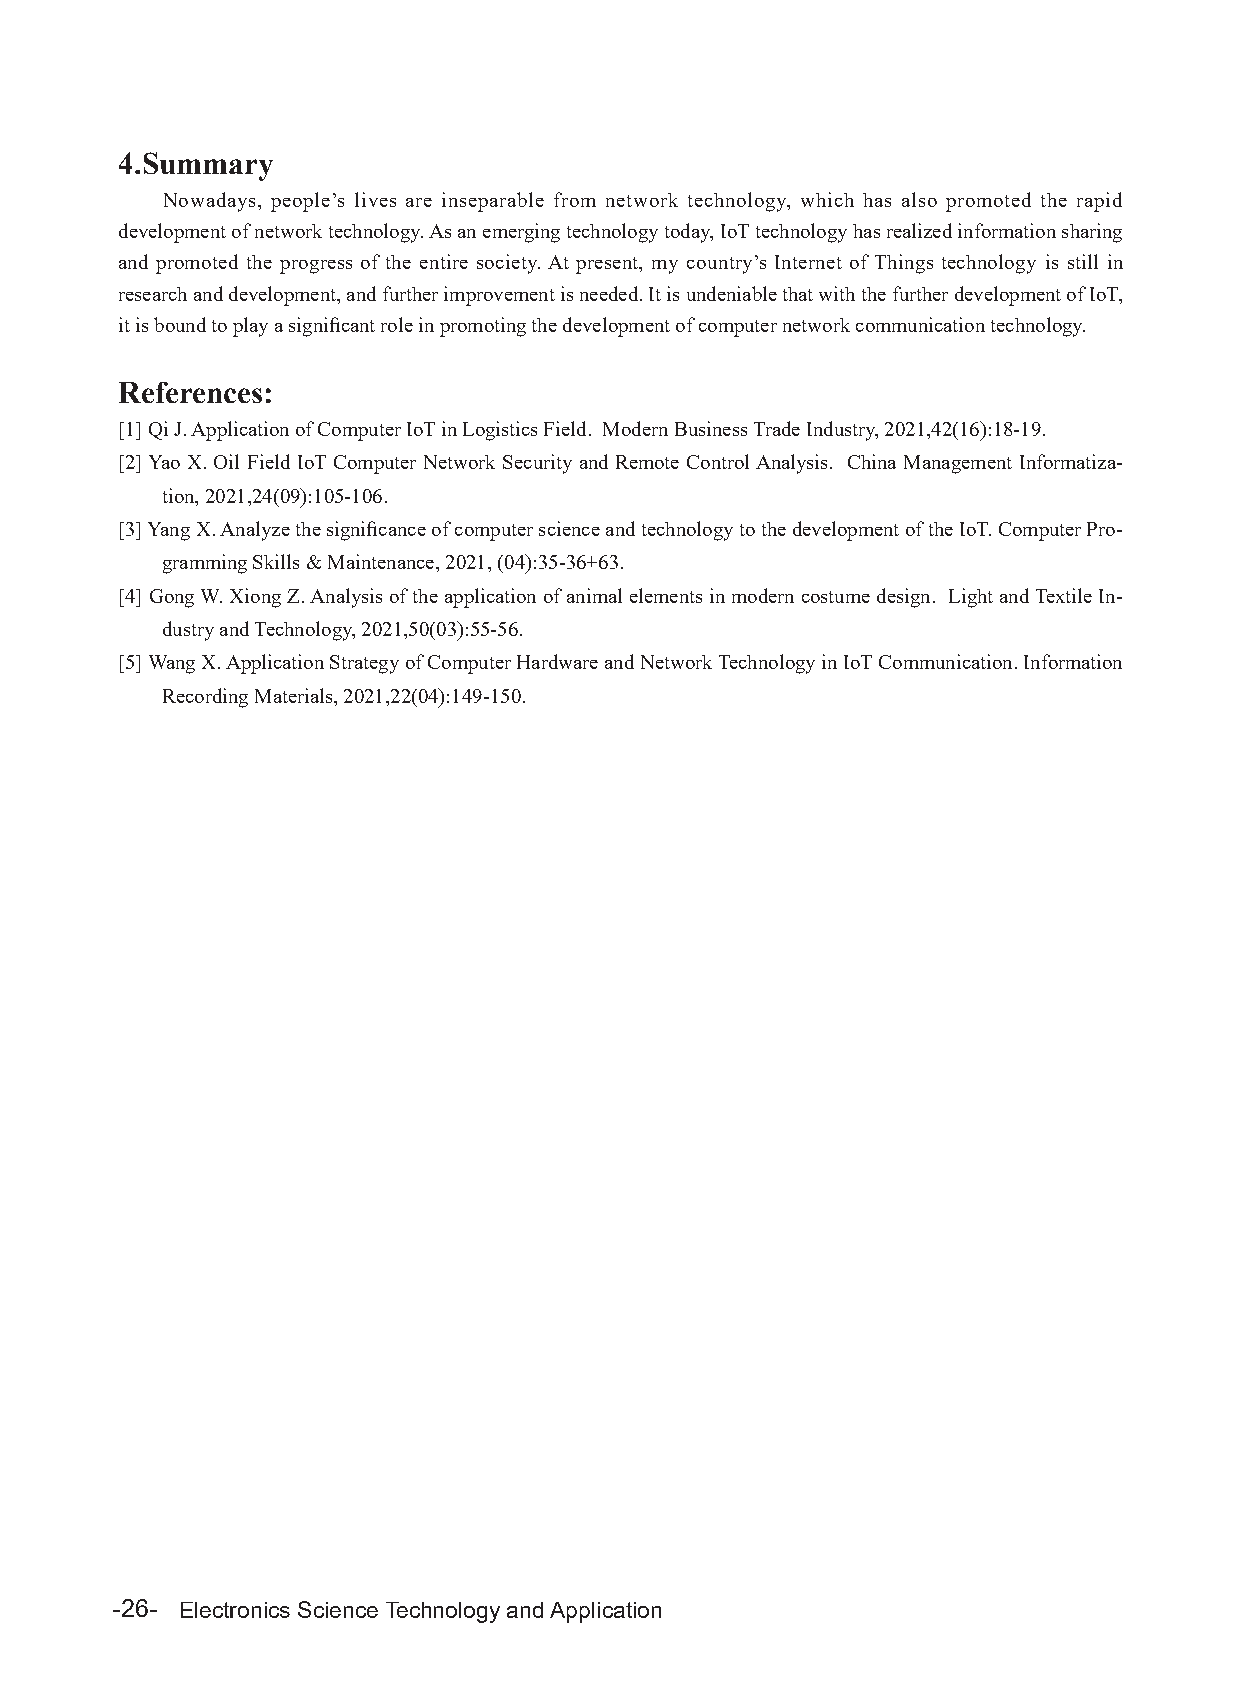
4.Summary
 Nowadays, people’s lives are inseparable from network technology, which has also promoted the rapid
 development of network technology. As an emerging technology today, IoT technology has realized information sharing
 and promoted the progress of the entire society. At present, my country’s Internet of Things technology is still in
 research and development, and further improvement is needed. It is undeniable that with the further development of IoT,
 it is bound to play a significant role in promoting the development of computer network communication technology.
 References:
 [1] Qi J. Application of Computer IoT in Logistics Field. Modern Business Trade Industry, 2021,42(16):18-19.
 [2] Yao X. Oil Field IoT Computer Network Security and Remote Control Analysis. China Management Informatiza-
 tion, 2021,24(09):105-106.
 [3] Yang X. Analyze the significance of computer science and technology to the development of the IoT. Computer Pro-
 gramming Skills & Maintenance, 2021, (04):35-36+63.
 [4] Gong W. Xiong Z. Analysis of the application of animal elements in modern costume design. Light and Textile In-
 dustry and Technology, 2021,50(03):55-56.
 [5] Wang X. Application Strategy of Computer Hardware and Network Technology in IoT Communication. Information
 Recording Materials, 2021,22(04):149-150.
 -26- Electronics Science Technology and Application